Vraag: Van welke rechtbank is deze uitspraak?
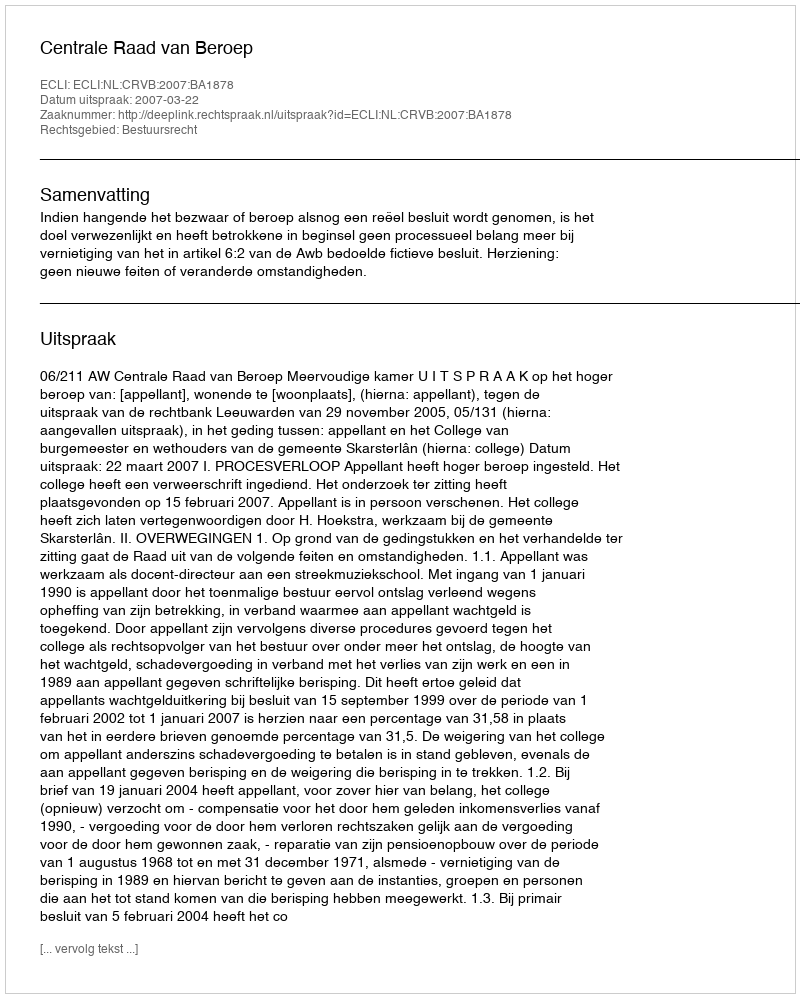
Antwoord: Centrale Raad van Beroep